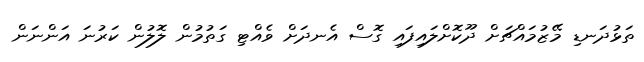
ތަޅުދަނޑި މޭޒުމައްޗަށް ދޫކޮށްލައިފައި ގޮސް އެނދަށް ވެއްޓި ގަތުމުން ލޮލުން ކަރުނަ އަންނަން